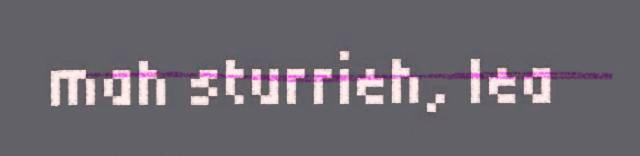
mah sturrieh, lea